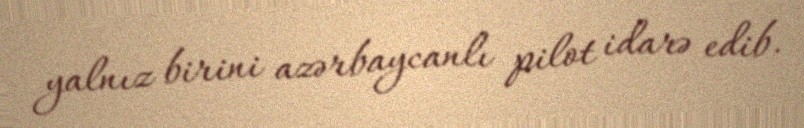
yalnız birini azərbaycanlı pilot idarə edib.